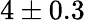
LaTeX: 4\pm 0.3